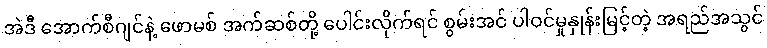
အဲဒီ အောက်စီဂျင်နဲ့ ဖောမစ် အက်ဆစ်တို့ ပေါင်းလိုက်ရင် စွမ်းအင် ပါဝင်မှုနှုန်းမြင့်တဲ့ အရည်အသွင်